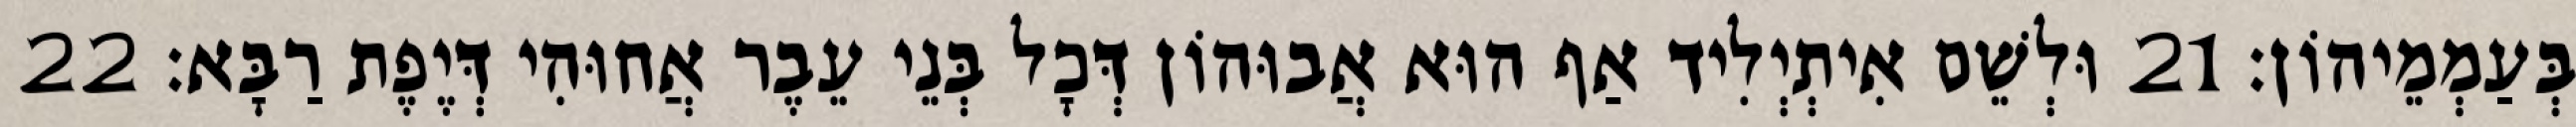
בְּעַמְמֵיהוֹן׃ 21 וּלְשֵׁם אִיתְיְלִיד אַף הוּא אֲבוּהוֹן דְּכָל בְּנֵי עֵבֶר אֲחוּהִי דְּיֶפֶת רַבָּא׃ 22